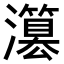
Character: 𤂳